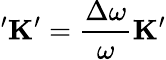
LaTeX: '\mathbf{K}^{\prime}=\frac{\Delta\omega}{\omega}\mathbf{K}^{\prime}